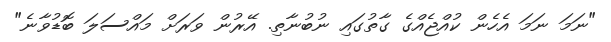
"ނަމަ ނަމަ އެހެން ކުއްޖެއްގެ ގާތުގައި ނުބުނާތި. އޭރުން ވަރަށް މައްސަލަ ބޮޑުވާނެ"